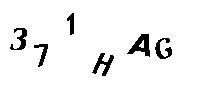
371HAG